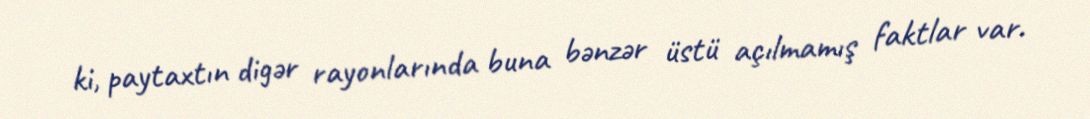
ki, paytaxtın digər rayonlarında buna bənzər üstü açılmamış faktlar var.